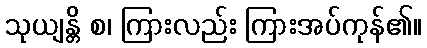
သုယျန္တိ စ၊ ကြားလည်း ကြားအပ်ကုန်၏။